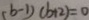
( b - 1 ) ( b + 2 ) = 0